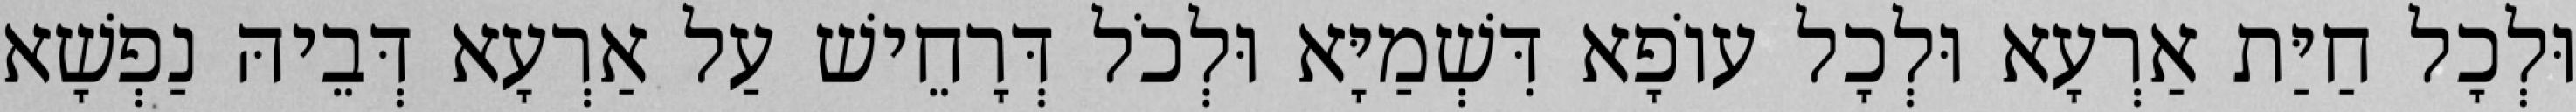
וּלְכָל חַיַּת אַרְעָא וּלְכָל עוֹפָא דִּשְׁמַיָּא וּלְכֹל דְּרָחֵישׁ עַל אַרְעָא דְּבֵיהּ נַפְשָׁא